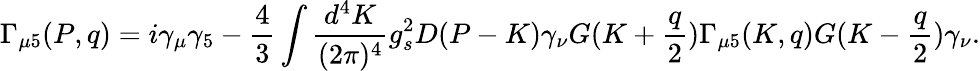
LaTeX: \Gamma_{\mu 5}(P,q)=i\gamma_{\mu}\gamma_{5}-\frac{4}{3}\int\frac{d^{4}K}{(2\pi)^{4}}g_{s}^{2}D(P-K)\gamma_{\nu}G(K+\frac{q}{2})\Gamma_{\mu 5}(K,q)G(K-\frac{q}{2})\gamma_{\nu}.